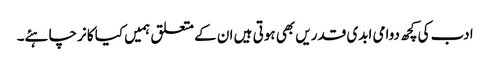
ادب کی کچھ دوامی ابدی قدریں بھی ہوتی ہیں ان کے متعلق ہمیں کیا کانر چاہئے۔